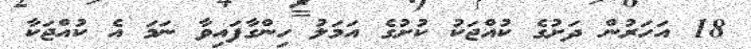
18 އަހަރުން ދަށުގެ ކުއްޖަކު ކުށުގެ އަމަލު ހިންގާފައިވާ ނަމަ އެ ކުއްޖަކާ